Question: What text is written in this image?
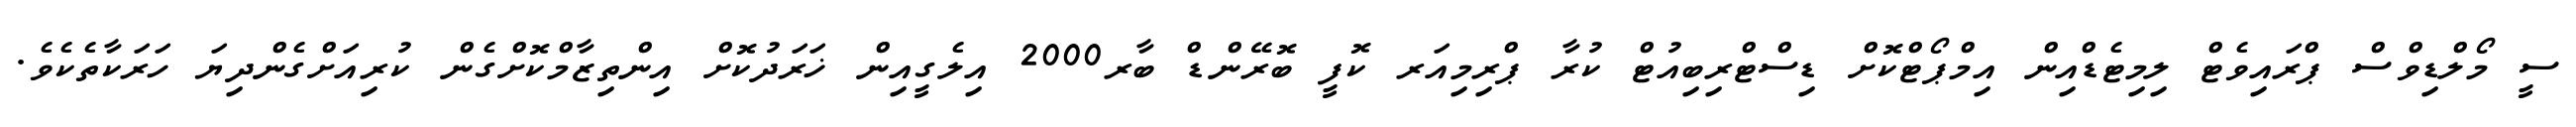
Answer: ސީ މޯލްޑިވްސް ޕްރައިވެޓް ލިމިޓެޑްއިން އިމްޕޯޓްކޮށް ޑިސްޓްރިބިއުޓް ކުރާ ޕްރިމިއަރ ކޮފީ ބޮރޭންޑް ބާރ2000 އިލެގީއިން ޚަރަދުކޮށް އިންތިޒާމްކޮށްގެން ކުރިއަށްގެންދިޔަ ހަރަކާތެކެވެ.